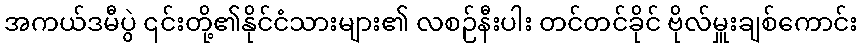
အကယ်ဒမီပွဲ ၎င်းတို့၏နိုင်ငံသားများ၏ လစဉ်နီးပါး တင်တင်ခိုင် ဗိုလ်မှူးချစ်ကောင်း